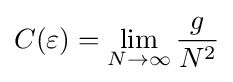
C(\varepsilon )=\lim _{N\rightarrow \infty }{\frac {g}{N^{2}}}